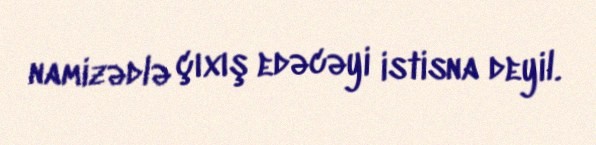
namizədlə çıxış edəcəyi istisna deyil.